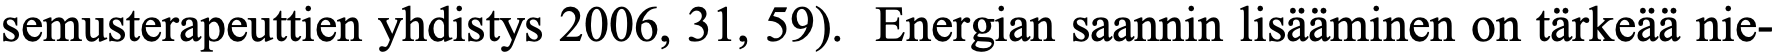
semusterapeuttien yhdistys 2006, 31, 59). Energian saannin lisääminen on tärkeää nie-